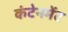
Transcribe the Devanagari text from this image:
कंटेनमेंट